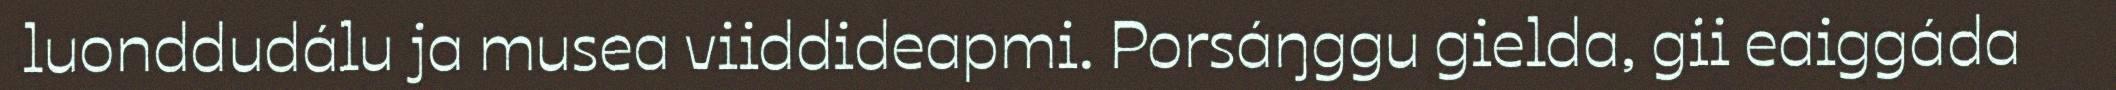
luonddudálu ja musea viiddideapmi. Porsáŋggu gielda, gii eaiggáda